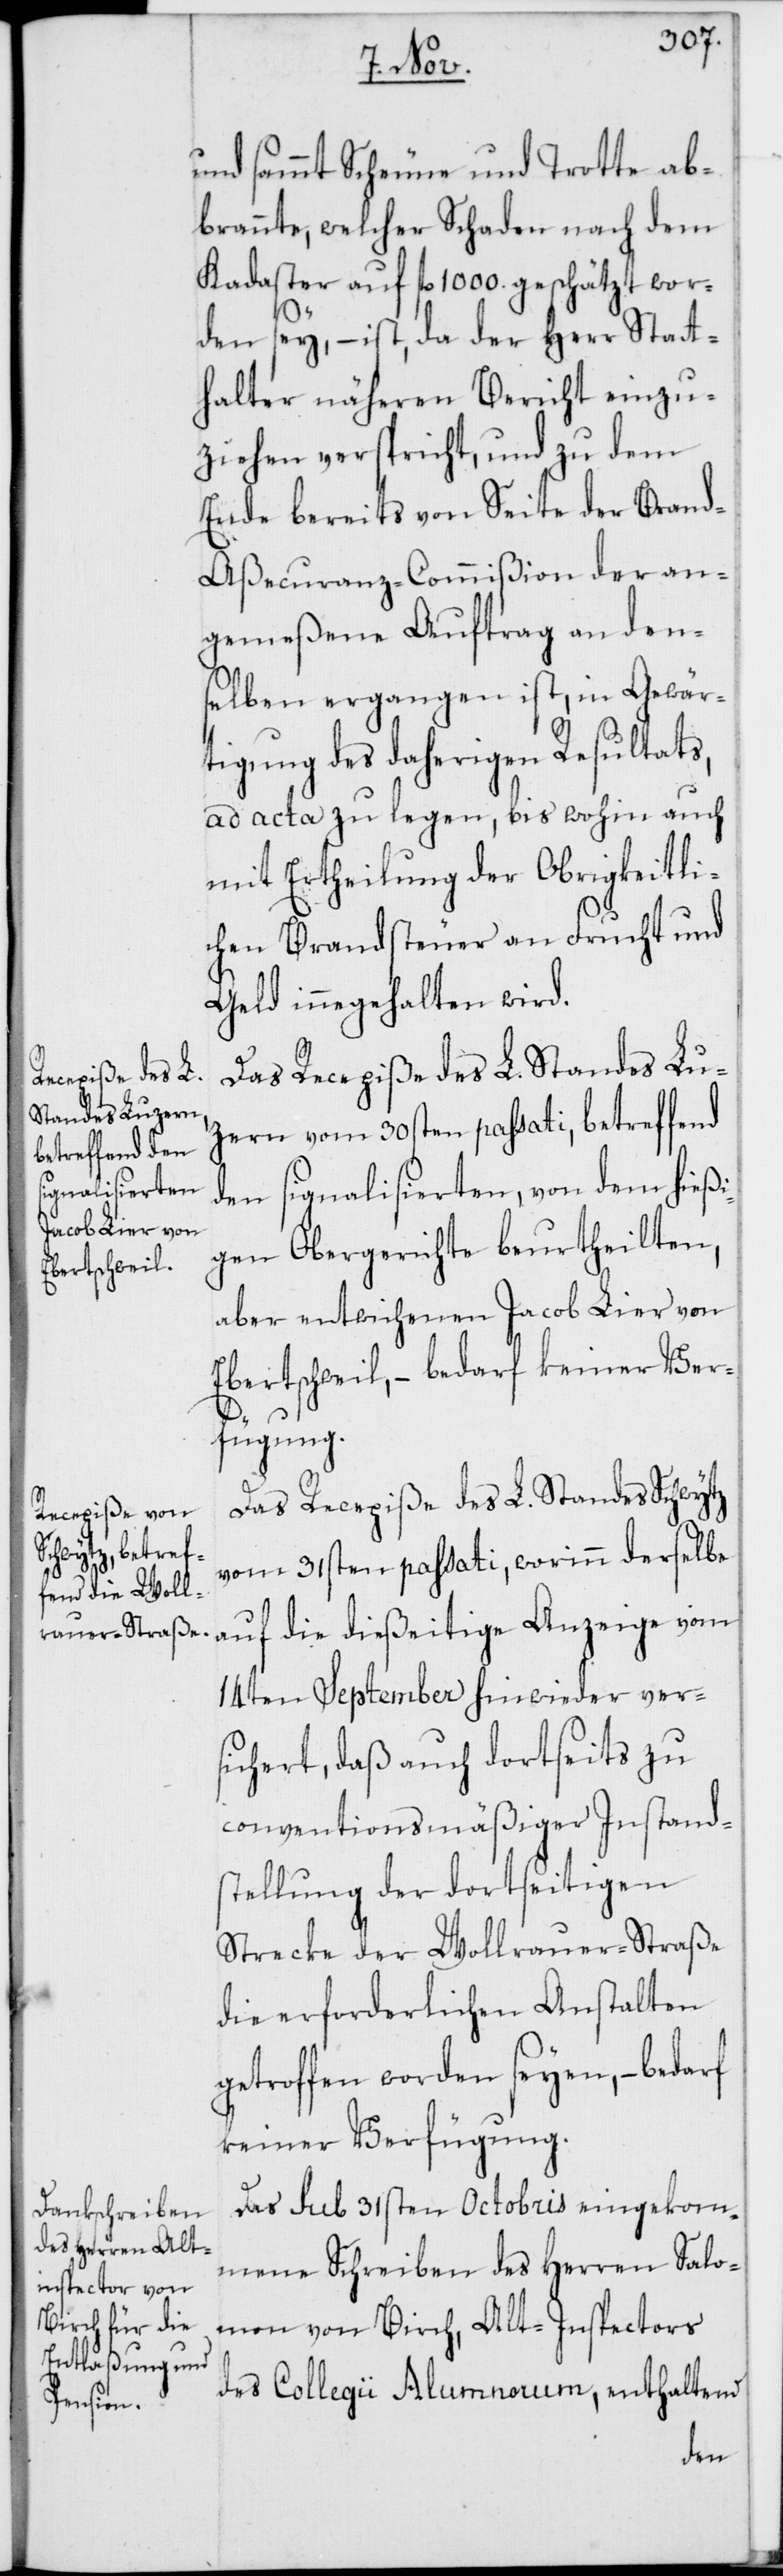
und sammt Scheune und Trotte ab¬
brannte, welcher Schaden nach dem
Kadaster auf fl. 1000. geschätzt wor¬
den sey, – ist, da der Herr Statt¬
halter näheren Bericht einzu¬
ziehen verspricht, und zu dem
Ende bereits von Seite der Brand-A¬
ßecuranz-Commißion der an¬
gemeßene Auftrag an den¬
selben ergangen ist, in Gewär¬
tigung des daherigen Resultats,
ad acta zu legen, bis wohin auch
mit Ertheilung der Obrigkeitli¬
chen Brandsteuer an Frucht und
Geld innegehalten wird.
Das Recepiße des L. Standes Lu¬
zern vom 30sten passati, betreffend
den signalisierten, von dem hießi¬
gen Obergerichte beurtheilten,
aber entwichenen Jacob Lier von
Ebertschweil, – bedarf keiner Ver¬
fügung.
Das Recepiße des L. Standes Schwytz
vom 31sten passati, worinn derselbe
auf die dießeitige Anzeige vom
14ten September hinwieder vers¬
ichert, daß auch dortseits zu
conventionsmäßiger Instand¬
stellung der dortseitigen
Strecke der Wollrauer-Straße
die erforderlichen Anstalten
getroffen worden seyen, – bedarf
keiner Verfügung.
Das sub 31sten Octobris eingekom¬
mene Schreiben des Herren Salo¬
mon von Birch, Alt-Inspectors
des Collegii Alumnorum, enthaltend